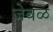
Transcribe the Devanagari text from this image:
जेवळ